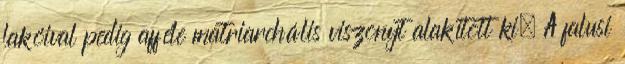
lakóival pedig afféle matriarchális viszonyt alakított ki. A falusi